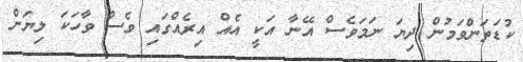
ކުޑަތަންވަމުން ދިޔަ ނަމަވެސް އޭނާ އަކީ އެއް އިރެއްގައި ވެސް ވާހަކަ ލިޔަން